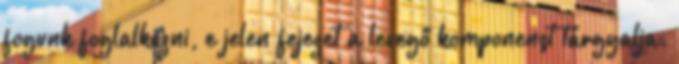
fogunk foglalkozni, e jelen fejezet a levegő komponenst tárgyalja.